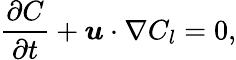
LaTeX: \frac{\partial C}{\partial t}+\boldsymbol{u}\cdot\nabla C_{l}=0,